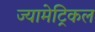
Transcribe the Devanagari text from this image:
ज्यामेट्रिकल